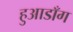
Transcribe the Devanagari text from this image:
हुआडाँग